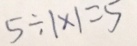
5 \div 1 \times 1 = 5